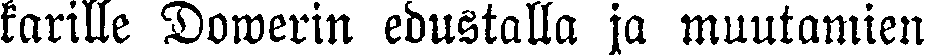
karille Dowerin edustalla ja muutamien